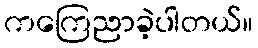
ကကြေညာခဲ့ပါတယ်။